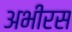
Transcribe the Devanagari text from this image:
अभीरस